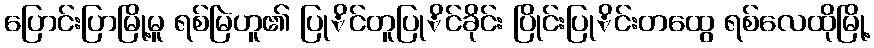
ပြောင်းပြာမြို့မူ ရစ်မြဲဟူ၏ ပြုိင်တူပြုိင်ခိုင်း ပြိုင်းပြုိင်းတထွေ ရစ်လေထိုမြို့